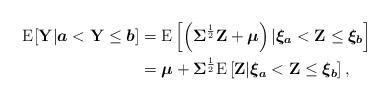
LaTeX: \begin{align*}\mathrm{E}[\mathbf{Y}|\boldsymbol{a}<\mathbf{Y}\leq \boldsymbol{b}]&=\mathrm{E}\left[\left(\mathbf{\Sigma}^{\frac{1}{2}}\mathbf{Z}+\boldsymbol{\mu}\right)|\boldsymbol{\xi_{a}}<\mathbf{Z}\leq \boldsymbol{\xi_{b}}\right]\\&=\boldsymbol{\mu}+\mathbf{\Sigma}^{\frac{1}{2}}\mathrm{E}\left[\mathbf{Z}|\boldsymbol{\xi_{a}}<\mathbf{Z}\leq\boldsymbol{\xi_{b}}\right],\end{align*}